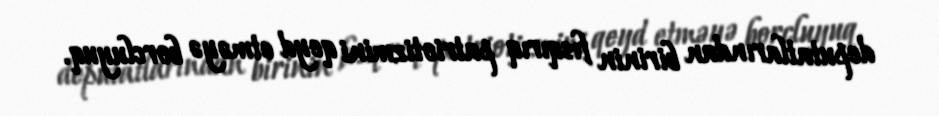
deputatlarından birinin fısqırıq patriotizmini qeyd etməyə borcluyuq.